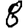
Digit: 8